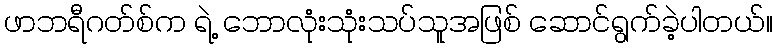
ဖာဘရီဂတ်စ်က ရဲ့ ဘောလုံးသုံးသပ်သူအဖြစ် ဆောင်ရွက်ခဲ့ပါတယ်။